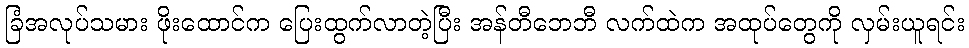
ခြံအလုပ်သမား ဖိုးထောင်က ပြေးထွက်လာတဲ့ပြီး အန်တီဘေဘီ လက်ထဲက အထုပ်တွေကို လှမ်းယူရင်း